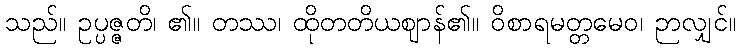
သည်။ ဥပ္ပဇ္ဇတိ၊ ၏။ တဿ၊ ထိုတတိယဈာန်၏။ ဝိစာရမတ္တမေဝ၊ ဉာလျှင်။